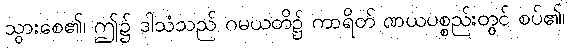
သွားစေ၏၊ ဤ၌ ဒါသံသည် ဂမယတိ၌ ကာရိတ် ဏယပစ္စည်းတွင် စပ်၏၊